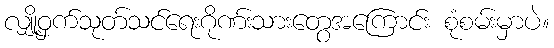
လျှို့ဝှက်သုတ်သင်ရေးဂိုဏ်းသားတွေအကြောင်း စုံစမ်းမှာပဲ။